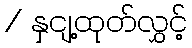
/ နှငျ့ထုတ်လွှင့်